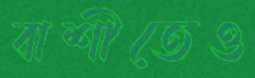
বাশীতেও